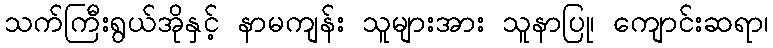
သက်ကြီးရွယ်အိုနှင့် နာမကျန်း သူများအား သူနာပြု၊ ကျောင်းဆရာ၊